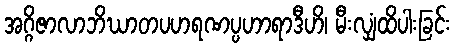
အဂ္ဂိဇာလာဘိဃာတပဟရဏပ္ပဟာရာဒီဟိ၊ မီးလျှံထိပါးခြင်း